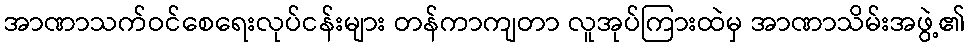
အာဏာသက်ဝင်စေရေးလုပ်ငန်းများ တန်ကာကျတာ လူအုပ်ကြားထဲမှ အာဏာသိမ်းအဖွဲ့၏